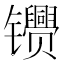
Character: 𬮂